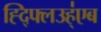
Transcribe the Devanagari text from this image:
ह्द्फ्लिउह्॑एब